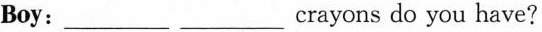
Boy:___ ___ crayons do you have?